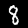
Digit: 8